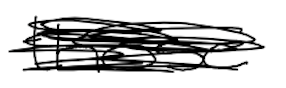
Text: those
Cross-out: scratch
Writing tool: digital_black